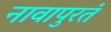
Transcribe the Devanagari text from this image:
नावापुरतं